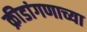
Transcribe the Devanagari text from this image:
क्रीडांगणाच्या